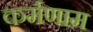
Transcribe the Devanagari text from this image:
कर्मणाम